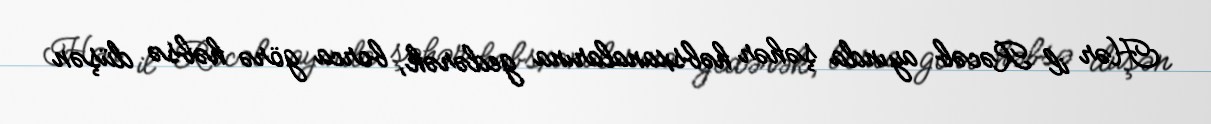
Hər il Rəcəb ayında şəhər həbsxanalarına gedərək, borca görə həbsə düşən